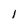
Character: 1